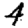
Digit: 4